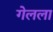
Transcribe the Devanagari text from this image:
गेलला